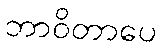
ဘာဝိတာပေ